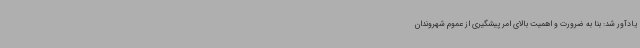
یادآور شد: بنا به ضرورت و اهمیت بالای امر پیشگیری از عموم شهروندان